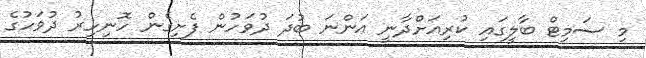
މި ސަމިޓް ބާލީގައި ކުރިއަށްދާނީ އަންނަ ބުދަ ދުވަހުން ފެށިގެން ހޮނިހިރު ދުވަހުގެ